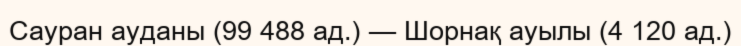
Сауран ауданы (99 488 ад.) — Шорнақ ауылы (4 120 ад.)